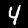
Digit: 4